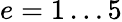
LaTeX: e=1\dots 5